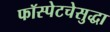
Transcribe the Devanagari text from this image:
फॉस्पेटचेसुद्धा